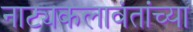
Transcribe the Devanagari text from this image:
नाट्यकलावंतांच्या